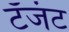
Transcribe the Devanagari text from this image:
टँजंट